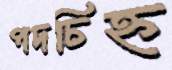
পদচিহ্ন